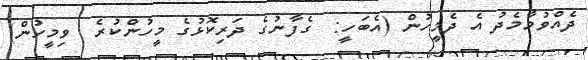
ދެއްވުމާމެދު އެ ދެމީހުން (އެބަހީ:  ގެފާނުގެ ދަރިކޮޅުގެ މީހުންކުރެ  ވިމީހުން)